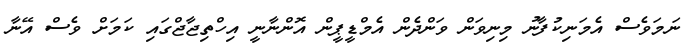
ނަމަވެސް އެމަނިކުފާނު މިނިވަން ވަންދެން އެމްޑީޕީން އޮންނާނީ އިހްތިޖާޖްގައި ކަމަށް ވެސް އޭނާ